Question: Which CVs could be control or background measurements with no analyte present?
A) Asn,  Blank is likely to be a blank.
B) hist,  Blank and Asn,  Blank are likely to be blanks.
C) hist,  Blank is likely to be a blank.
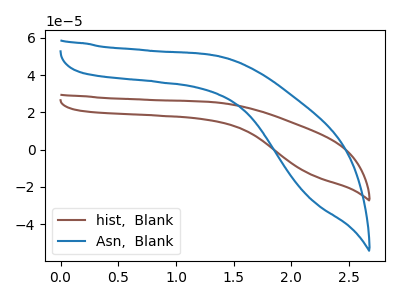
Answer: <think>The brown curve "hist,  Blank" has no peaks. The blue curve "Asn,  Blank" has no peaks.</think>
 <answer>B) "hist,  Blank" and "Asn,  Blank" are likely to be blanks.</answer>
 <eval>B</eval>